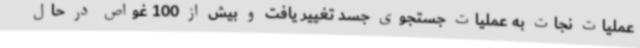
عملیات نجات به عملیات جستجوی جسد تغییر یافت و بیش از 100 غواص در حال